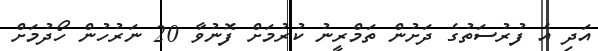
އަދި އެ ފުރުސަތުގެ ދަށުން ތަމްރީނު ކުރުމަށް ފޮނުވާ 20 ނަރުހުން ހޯދުމަށް